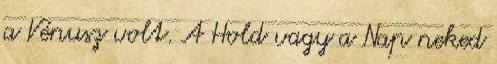
a Vénusz volt. A Hold vagy a Nap neked